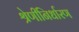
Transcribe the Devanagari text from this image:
श्रेणीनिर्धारण